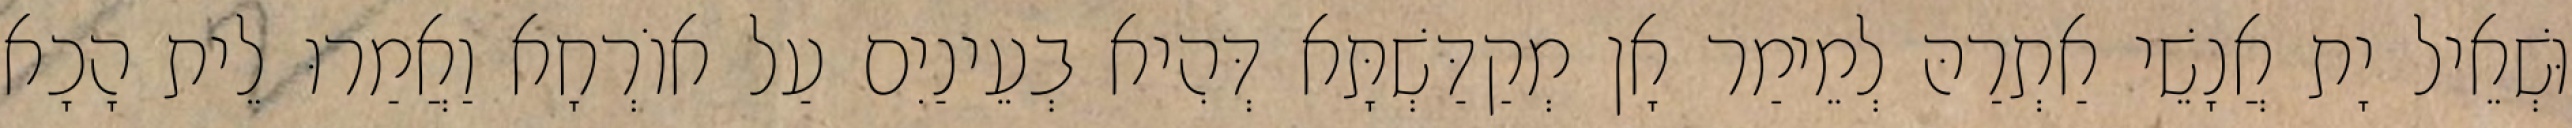
וּשְׁאֵיל יָת אֲנָשֵׁי אַתְרַהּ לְמֵימַר אָן מְקַדַּשְׁתָּא דְּהִיא בְעֵינַיִם עַל אוֹרְחָא וַאֲמַרוּ לֵית הָכָא